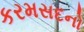
કરમસદનો